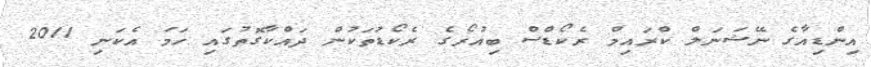
އިންޑިއާގެ ނޭޝަނަލް ކްރައިމް ރެކޯޑްސް ބިއުރޯގެ ރެކޯޑުތަކުން ދައްކާގޮތުގައި ހަމަ އެކަނި 2011